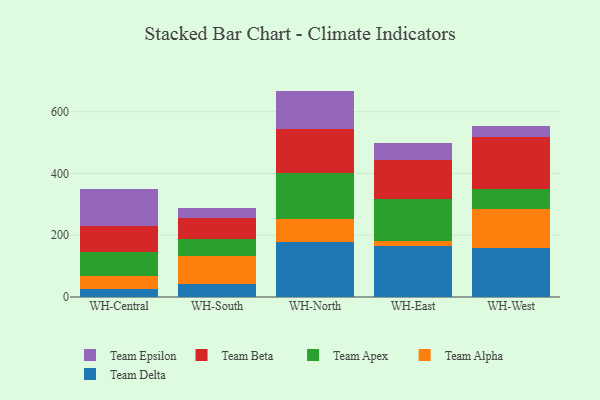
{"axis": {"x": "Warehouse", "y": "Revenue (USD Million)"}, "legend": ["Team Alpha", "Team Apex", "Team Beta", "Team Delta", "Team Epsilon"], "data": [{"x": "WH-Central", "y": 25.7, "type": "Team Delta"}, {"x": "WH-Central", "y": 41.0, "type": "Team Alpha"}, {"x": "WH-Central", "y": 80.2, "type": "Team Apex"}, {"x": "WH-Central", "y": 84.3, "type": "Team Beta"}, {"x": "WH-Central", "y": 119.9, "type": "Team Epsilon"}, {"x": "WH-South", "y": 40.5, "type": "Team Delta"}, {"x": "WH-South", "y": 93.5, "type": "Team Alpha"}, {"x": "WH-South", "y": 53.5, "type": "Team Apex"}, {"x": "WH-South", "y": 66.8, "type": "Team Beta"}, {"x": "WH-South", "y": 34.0, "type": "Team Epsilon"}, {"x": "WH-North", "y": 177.1, "type": "Team Delta"}, {"x": "WH-North", "y": 75.9, "type": "Team Alpha"}, {"x": "WH-North", "y": 149.7, "type": "Team Apex"}, {"x": "WH-North", "y": 140.1, "type": "Team Beta"}, {"x": "WH-North", "y": 124.6, "type": "Team Epsilon"}, {"x": "WH-East", "y": 164.8, "type": "Team Delta"}, {"x": "WH-East", "y": 18.0, "type": "Team Alpha"}, {"x": "WH-East", "y": 133.9, "type": "Team Apex"}, {"x": "WH-East", "y": 128.1, "type": "Team Beta"}, {"x": "WH-East", "y": 52.4, "type": "Team Epsilon"}, {"x": "WH-West", "y": 158.3, "type": "Team Delta"}, {"x": "WH-West", "y": 125.2, "type": "Team Alpha"}, {"x": "WH-West", "y": 65.8, "type": "Team Apex"}, {"x": "WH-West", "y": 168.5, "type": "Team Beta"}, {"x": "WH-West", "y": 35.3, "type": "Team Epsilon"}]}